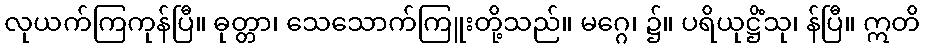
လုယက်ကြကုန်ပြီ။ ဓုတ္တာ၊ သေသောက်ကြူးတို့သည်။ မဂ္ဂေ၊ ၌။ ပရိယုဋ္ဌိံသု၊ န်ပြီ။ ဣတိ